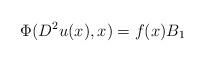
LaTeX: \begin{align*}\Phi(D^2 u(x) , x) = f(x) B_1\end{align*}